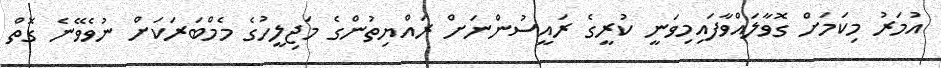
އުމަރު މިކަމަށް ގޮވާލައްވާފައިމިވަނީ ކުރީގެ ރައީސުންނަށް ރައްޔިތުންގެ މަޖިލީހުގެ މެމްބަރަކަށް ނުވެވޭނެ ގޮތް